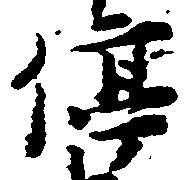
停